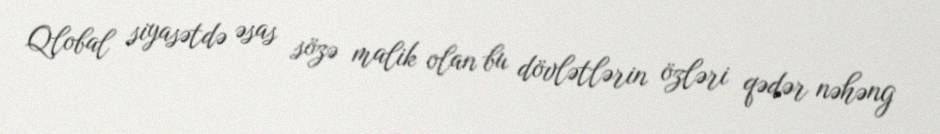
Qlobal siyasətdə əsas sözə malik olan bu dövlətlərin özləri qədər nəhəng